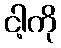
ငါ့ကို